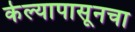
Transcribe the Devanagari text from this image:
केल्यापासूनचा